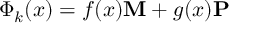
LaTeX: \Phi _ { k } ( x ) = f ( x ) { \bf M } + g ( x ) { \bf P }